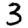
Digit: 3